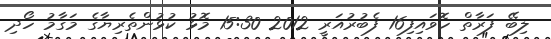
ލިބޭ ފަރާތް ހޮވައިފި16 ފެބުރުއަރީ 2012 15:30 މޮޅު ކުޅުންތެރިޔާގެ މަގާމު ހޯދި